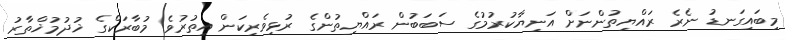
މިބައިގަނޑު ނެރެ ރައްޔިތުންނަށް އަނިޔާކުރުމުގެ ސަބަބުން ރައްޔިތުންގެ ރުޅިވެރިކަން އިތުރުވެ މުބާރަކްގެ ޚުދުމުޚްތާރު